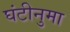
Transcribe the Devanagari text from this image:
घंटीनुमा